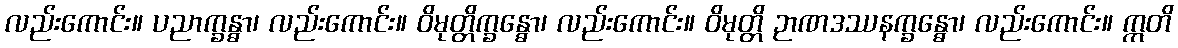
လည်းကောင်း။ ပညာက္ခန္ဓာ၊ လည်းကောင်း။ ဝိမုတ္တိက္ခန္ဓော၊ လည်းကောင်း။ ဝိမုတ္တိ ဉာဏဒဿနက္ခန္ဓော၊ လည်းကောင်း။ ဣတိ